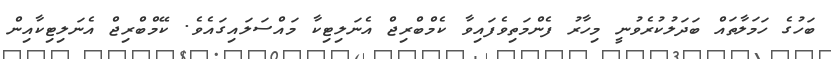
ބަހުގެ ހަމަލާތައް ބަދަލުކުރެވުނީ މިހާރު ފެންމަތިވެފައިވާ ކެމްބްރިޖް އެނަލިޓިކާ މައްސަލައިގައެވެ. ކޭމްބްރިޖް އެނަލިޓިކާއިން